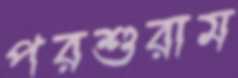
পরশুরাম